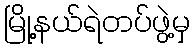
မြို့နယ်ရဲတပ်ဖွဲ့မှ